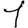
Digit: 1